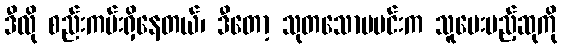
ဒီလို စည်းကမ်းရှိနေတယ်၊ ဒီတော့ သုတသောမမင်းက သူပေးမည့်ဆုကို